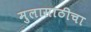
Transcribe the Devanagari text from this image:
मुलासाठीचा